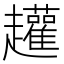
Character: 䟒